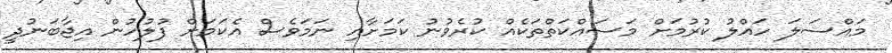
މައްސަލަ ހައްލު ކުރުމަށް މަސައްކަތްތަކެއް ކުރެވުނު ކަމަށާއި ނަމަވެސް އެކަމަށް ފުލުހުން އިޖާބަނުދީ